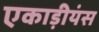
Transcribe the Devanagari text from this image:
एकाड़ीयंस